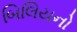
બિલિયનો